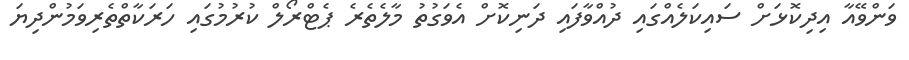
ވަންވޭއާ އިދިކޮޅަށް ސައިކަލެއްގައި ދުއްވާފައި ދަނިކޮށް އެވަގުތު މާލެތެރެ ޕެޓްރޯލް ކުރުމުގައި ހަރަކާތްތެރިވަމުންދިޔަ